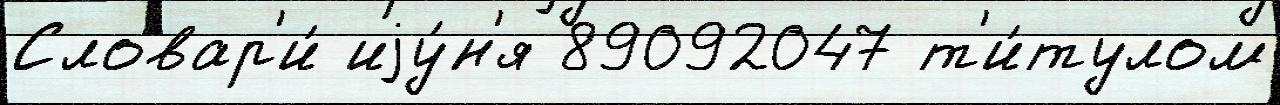
Словар'и́ иjу́н'я 89092047 т'и́тулом